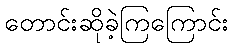
တောင်းဆိုခဲ့ကြကြောင်း